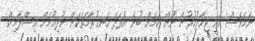
ނަމަވެސް އެއީ ޖިހާދުކުރުން ނޫން ކަމަށް ބުނެ އެފަދަ ހަނގުރާމަތަކަށް ނުދިއުމަށް އިސްލާމިކް